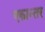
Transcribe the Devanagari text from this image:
एकान्‍तर